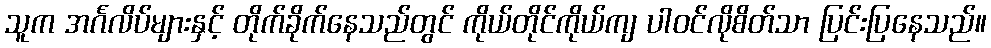
သူက အင်္ဂလိပ်များနှင့် တိုက်ခိုက်နေသည်တွင် ကိုယ်တိုင်ကိုယ်ကျ ပါဝင်လိုစိတ်သာ ပြင်းပြနေသည်။